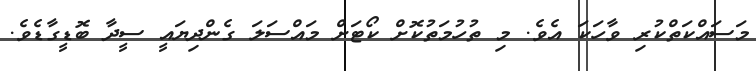
މަސައްކަތްކުރި ވާހަކަ އެވެ. މި ތުހުމަތުކޮށް ކޯޓަށް މައްސަލަ ގެންދިޔައީ ސީދާ ބޮޑީގާޑެވެ.